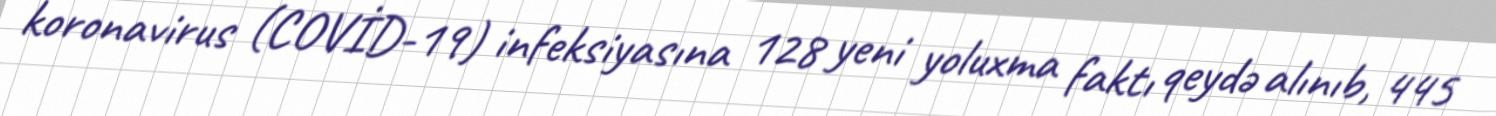
koronavirus (COVİD-19) infeksiyasına 128 yeni yoluxma faktı qeydə alınıb, 445